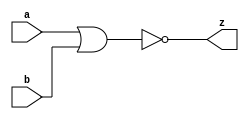
//#############################################################################
//# Function: 2 Input Nor Gate                                                #
//# Copyright: OH Project Authors. ALl rights Reserved.                       #
//# License:  MIT (see LICENSE file in OH repository)                         #
//#############################################################################

module asic_nor2 #(parameter PROP = "DEFAULT")   (
    input  a,
    input  b,
    output z
    );

   assign z = ~(a | b);

endmodule